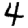
Digit: 4